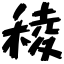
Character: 稜